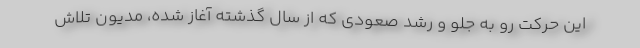
اين حركت رو به جلو و رشد صعودي كه از سال گذشته آغاز شده، مديون تلاش